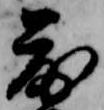
落